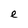
Character: e